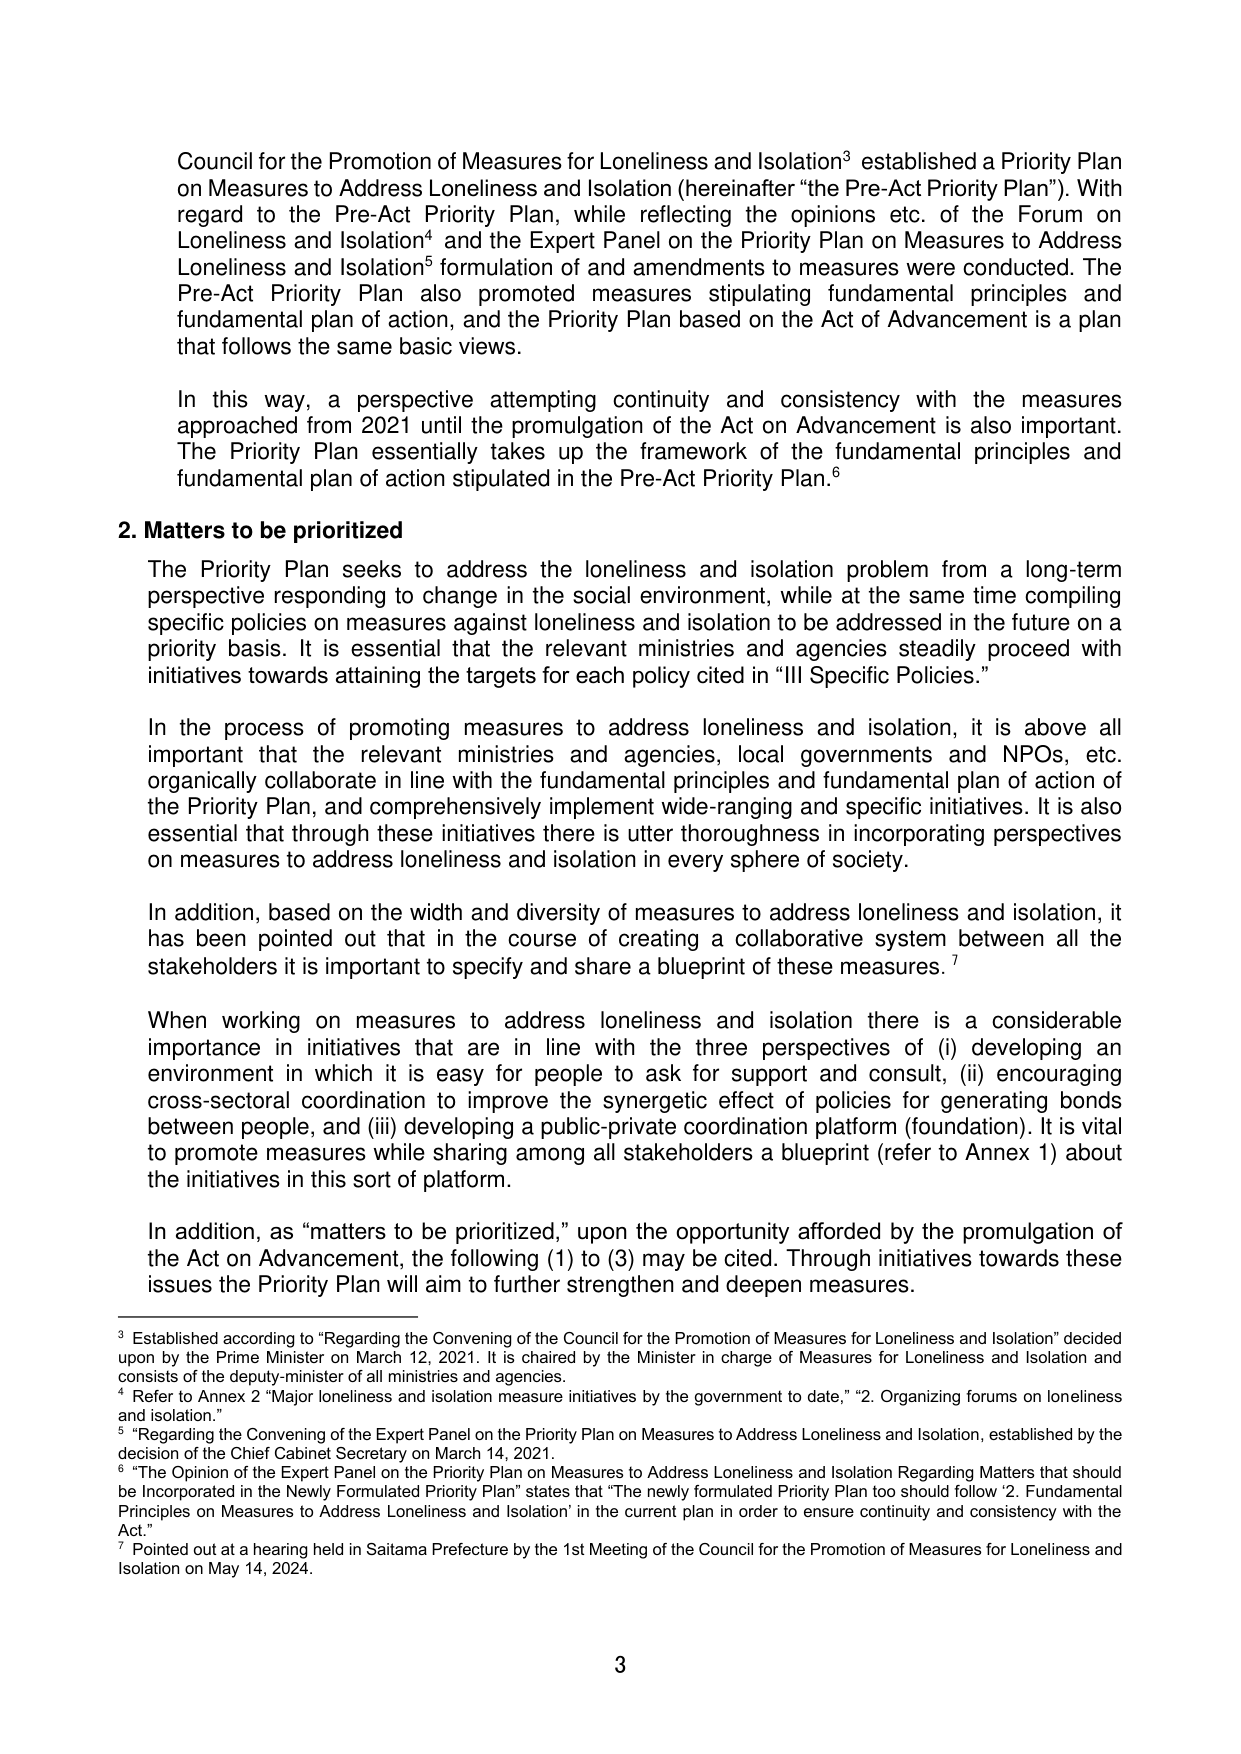
Council for the Promotion of Measures for Loneliness and Isolation³ established a Priority Plan on Measures to Address Loneliness and Isolation (hereinafter “the Pre-Act Priority Plan”). With regard to the Pre-Act Priority Plan, while reflecting the opinions etc. of the Forum on Loneliness and Isolation⁴ and the Expert Panel on the Priority Plan on Measures to Address Loneliness and Isolation⁵ formulation of and amendments to measures were conducted. The Pre-Act Priority Plan also promoted measures stipulating fundamental principles and fundamental plan of action, and the Priority Plan based on the Act of Advancement is a plan that follows the same basic views.

In this way, a perspective attempting continuity and consistency with the measures approached from 2021 until the promulgation of the Act on Advancement is also important. The Priority Plan essentially takes up the framework of the fundamental principles and fundamental plan of action stipulated in the Pre-Act Priority Plan.⁶

2. Matters to be prioritized

The Priority Plan seeks to address the loneliness and isolation problem from a long-term perspective responding to change in the social environment, while at the same time compiling specific policies on measures against loneliness and isolation to be addressed in the future on a priority basis. It is essential that the relevant ministries and agencies steadily proceed with initiatives towards attaining the targets for each policy cited in “III Specific Policies.”

In the process of promoting measures to address loneliness and isolation, it is above all important that the relevant ministries and agencies, local governments and NPOs, etc. organically collaborate in line with the fundamental principles and fundamental plan of action of the Priority Plan, and comprehensively implement wide-ranging and specific initiatives. It is also essential that through these initiatives there is utter thoroughness in incorporating perspectives on measures to address loneliness and isolation in every sphere of society.

In addition, based on the width and diversity of measures to address loneliness and isolation, it has been pointed out that in the course of creating a collaborative system between all the stakeholders it is important to specify and share a blueprint of these measures.⁷

When working on measures to address loneliness and isolation there is a considerable importance in initiatives that are in line with the three perspectives of (i) developing an environment in which it is easy for people to ask for support and consult, (ii) encouraging cross-sectoral coordination to improve the synergetic effect of policies for generating bonds between people, and (iii) developing a public-private coordination platform (foundation). It is vital to promote measures while sharing among all stakeholders a blueprint (refer to Annex 1) about the initiatives in this sort of platform.

In addition, as “matters to be prioritized,” upon the opportunity afforded by the promulgation of the Act on Advancement, the following (1) to (3) may be cited. Through initiatives towards these issues the Priority Plan will aim to further strengthen and deepen measures.

³ Established according to “Regarding the Convening of the Council for the Promotion of Measures for Loneliness and Isolation” decided upon by the Prime Minister on March 12, 2021. It is chaired by the Minister in charge of Measures for Loneliness and Isolation and consists of the deputy-minister of all ministries and agencies.

⁴ Refer to Annex 2 “Major loneliness and isolation measure initiatives by the government to date,” “2. Organizing forums on loneliness and isolation.”

⁵ “Regarding the Convening of the Expert Panel on the Priority Plan on Measures to Address Loneliness and Isolation, established by the decision of the Chief Cabinet Secretary on March 14, 2021.

⁶ “The Opinion of the Expert Panel on the Priority Plan on Measures to Address Loneliness and Isolation Regarding Matters that should be Incorporated in the Newly Formulated Priority Plan” states that “The newly formulated Priority Plan too should follow ‘2. Fundamental Principles on Measures to Address Loneliness and Isolation’ in the current plan in order to ensure continuity and consistency with the Act.”

⁷ Pointed out at a hearing held in Saitama Prefecture by the 1st Meeting of the Council for the Promotion of Measures for Loneliness and Isolation on May 14, 2024.

3